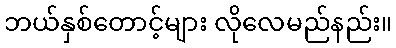
ဘယ်နှစ်တောင့်များ လိုလေမည်နည်း။